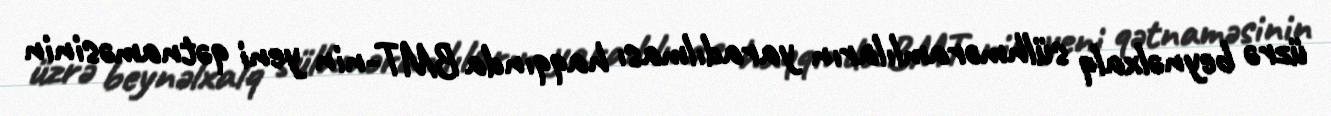
üzrə beynəlxalq sülhməramlıların yaradılması haqqında BMT-nin yeni qətnaməsinin